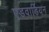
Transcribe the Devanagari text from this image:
एडवार्डियन